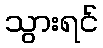
သွားရင်